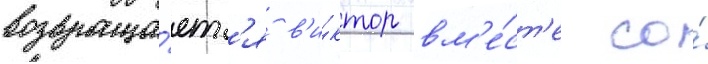
возвраща́етс'я в'и́ктор вм'е́ст'е со́